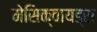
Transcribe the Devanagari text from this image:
मेसिक्वायड्स